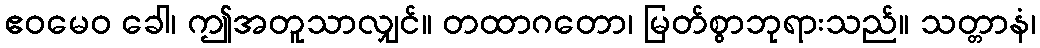
ဧဝမေဝ ခေါ၊ ဤအတူသာလျှင်။ တထာဂတော၊ မြတ်စွာဘုရားသည်။ သတ္တာနံ၊